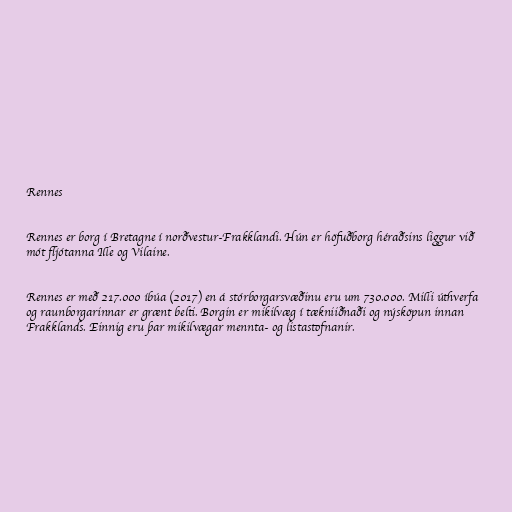
Rennes

Rennes er borg í Bretagne í norðvestur-Frakklandi. Hún er höfuðborg héraðsins liggur við
mót fljótanna Ille og Vilaine.

Rennes er með 217.000 íbúa (2017) en á stórborgarsvæðinu eru um 730.000. Milli úthverfa
og raunborgarinnar er grænt belti. Borgin er mikilvæg í tækniiðnaði og nýsköpun innan
Frakklands. Einnig eru þar mikilvægar mennta- og listastofnanir.